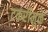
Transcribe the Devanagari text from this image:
टकरीमुळे